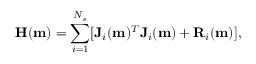
\mathbf { H } ( \mathbf { m } ) = \sum _ { i = 1 } ^ { N _ { s } } [ \mathbf { J } _ { i } ( \mathbf { m } ) ^ { T } \mathbf { J } _ { i } ( \mathbf { m } ) + \mathbf { R } _ { i } ( \mathbf { m } ) ] ,